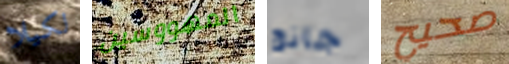
لكيلا المهووسين جانج صحيح